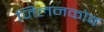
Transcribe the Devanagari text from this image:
जिलनकोव